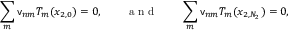
\sum _ { m } \mathsf { v } _ { n m } T _ { m } ( x _ { 2 , 0 } ) = 0 , \qquad \mathrm { ~ a ~ n ~ d ~ } \qquad \sum _ { m } \mathsf { v } _ { n m } T _ { m } ( x _ { 2 , N _ { 2 } } ) = 0 ,